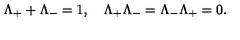
\Lambda _ { + } + \Lambda _ { - } = 1 , \quad \Lambda _ { + } \Lambda _ { - } = \Lambda _ { - } \Lambda _ { + } = 0 .